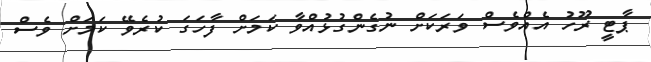
ޕާޓީ ރޫހު އެއްވެސް ވަރަކަށް ނުގެންގުޅުއްވާ ކަމަށް ފާހަގަ ކުރެވޭ ކަމަށް ވެސް